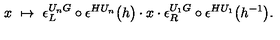
x \ \mapsto \ \epsilon _ { L } ^ { U _ { n } G } \circ \epsilon ^ { H U _ { n } } \bigl ( h \bigr ) \cdot x \cdot \epsilon _ { R } ^ { U _ { 1 } G } \circ \epsilon ^ { H U _ { 1 } } \bigl ( h ^ { - 1 } \bigr ) .